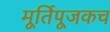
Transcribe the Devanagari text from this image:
मूर्तिपूजकच